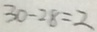
3 0 - 2 8 = 2